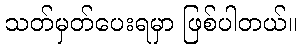
သတ်မှတ်ပေးရမှာ ဖြစ်ပါတယ်။